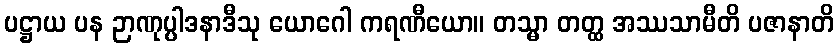
ပဋ္ဌာယ ပန ဉာဏုပ္ပါဒနာဒီသု ယောဂေါ ကရဏီယော။ တသ္မာ တတ္ထ အဿသာမီတိ ပဇာနာတိ